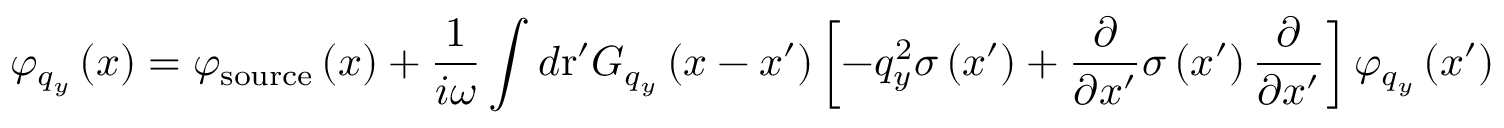
{ { \varphi } _ { { { q } _ { y } } } } \left( x \right) = { { \varphi } _ { \mathrm { s o u r c e } } } \left( x \right) + \frac { 1 } { i \omega } \int { d \mathrm { { r } ^ { \prime } } { { G } _ { { { q } _ { y } } } } \left( x - { x } ^ { \prime } \right) \left[ - q _ { y } ^ { 2 } \sigma \left( { { x } ^ { \prime } } \right) + \frac { \partial } { \partial { x } ^ { \prime } } \sigma \left( { { x } ^ { \prime } } \right) \frac { \partial } { \partial { x } ^ { \prime } } \right] { { \varphi } _ { { { q } _ { y } } } } \left( { { x } ^ { \prime } } \right) }